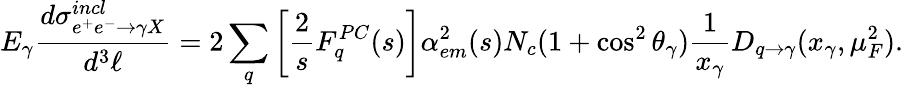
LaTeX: E_{\gamma}{\frac{d\sigma_{e^{+}e^{-}\rightarrow\gamma X}^{incl}}{d^{3}\ell}}=2\sum_{q}\left[{\frac{2}{s}}F_{q}^{PC}(s)\right]\alpha_{em}^{2}(s)N_{c}(1+\cos^{2}\theta_{\gamma}){\frac{1}{x_{\gamma}}}D_{q\rightarrow\gamma}(x_{\gamma},\mu_{F}^{2}).